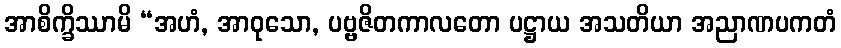
အာစိက္ခိဿာမိ “အဟံ, အာဝုသော, ပဗ္ဗဇိတကာလတော ပဋ္ဌာယ အသတိယာ အညာဏပကတံ